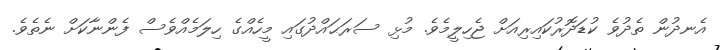
އެނދުން ތެދުވެ ކުޑަދޮރުކައިރިއަށް ޖެހިލީމެވެ. މުޅި ސަރަޙައްދުގައި މީހެއްގެ ހިލަމެއްވެސް ފެންނާކަށް ނެތެވެ.